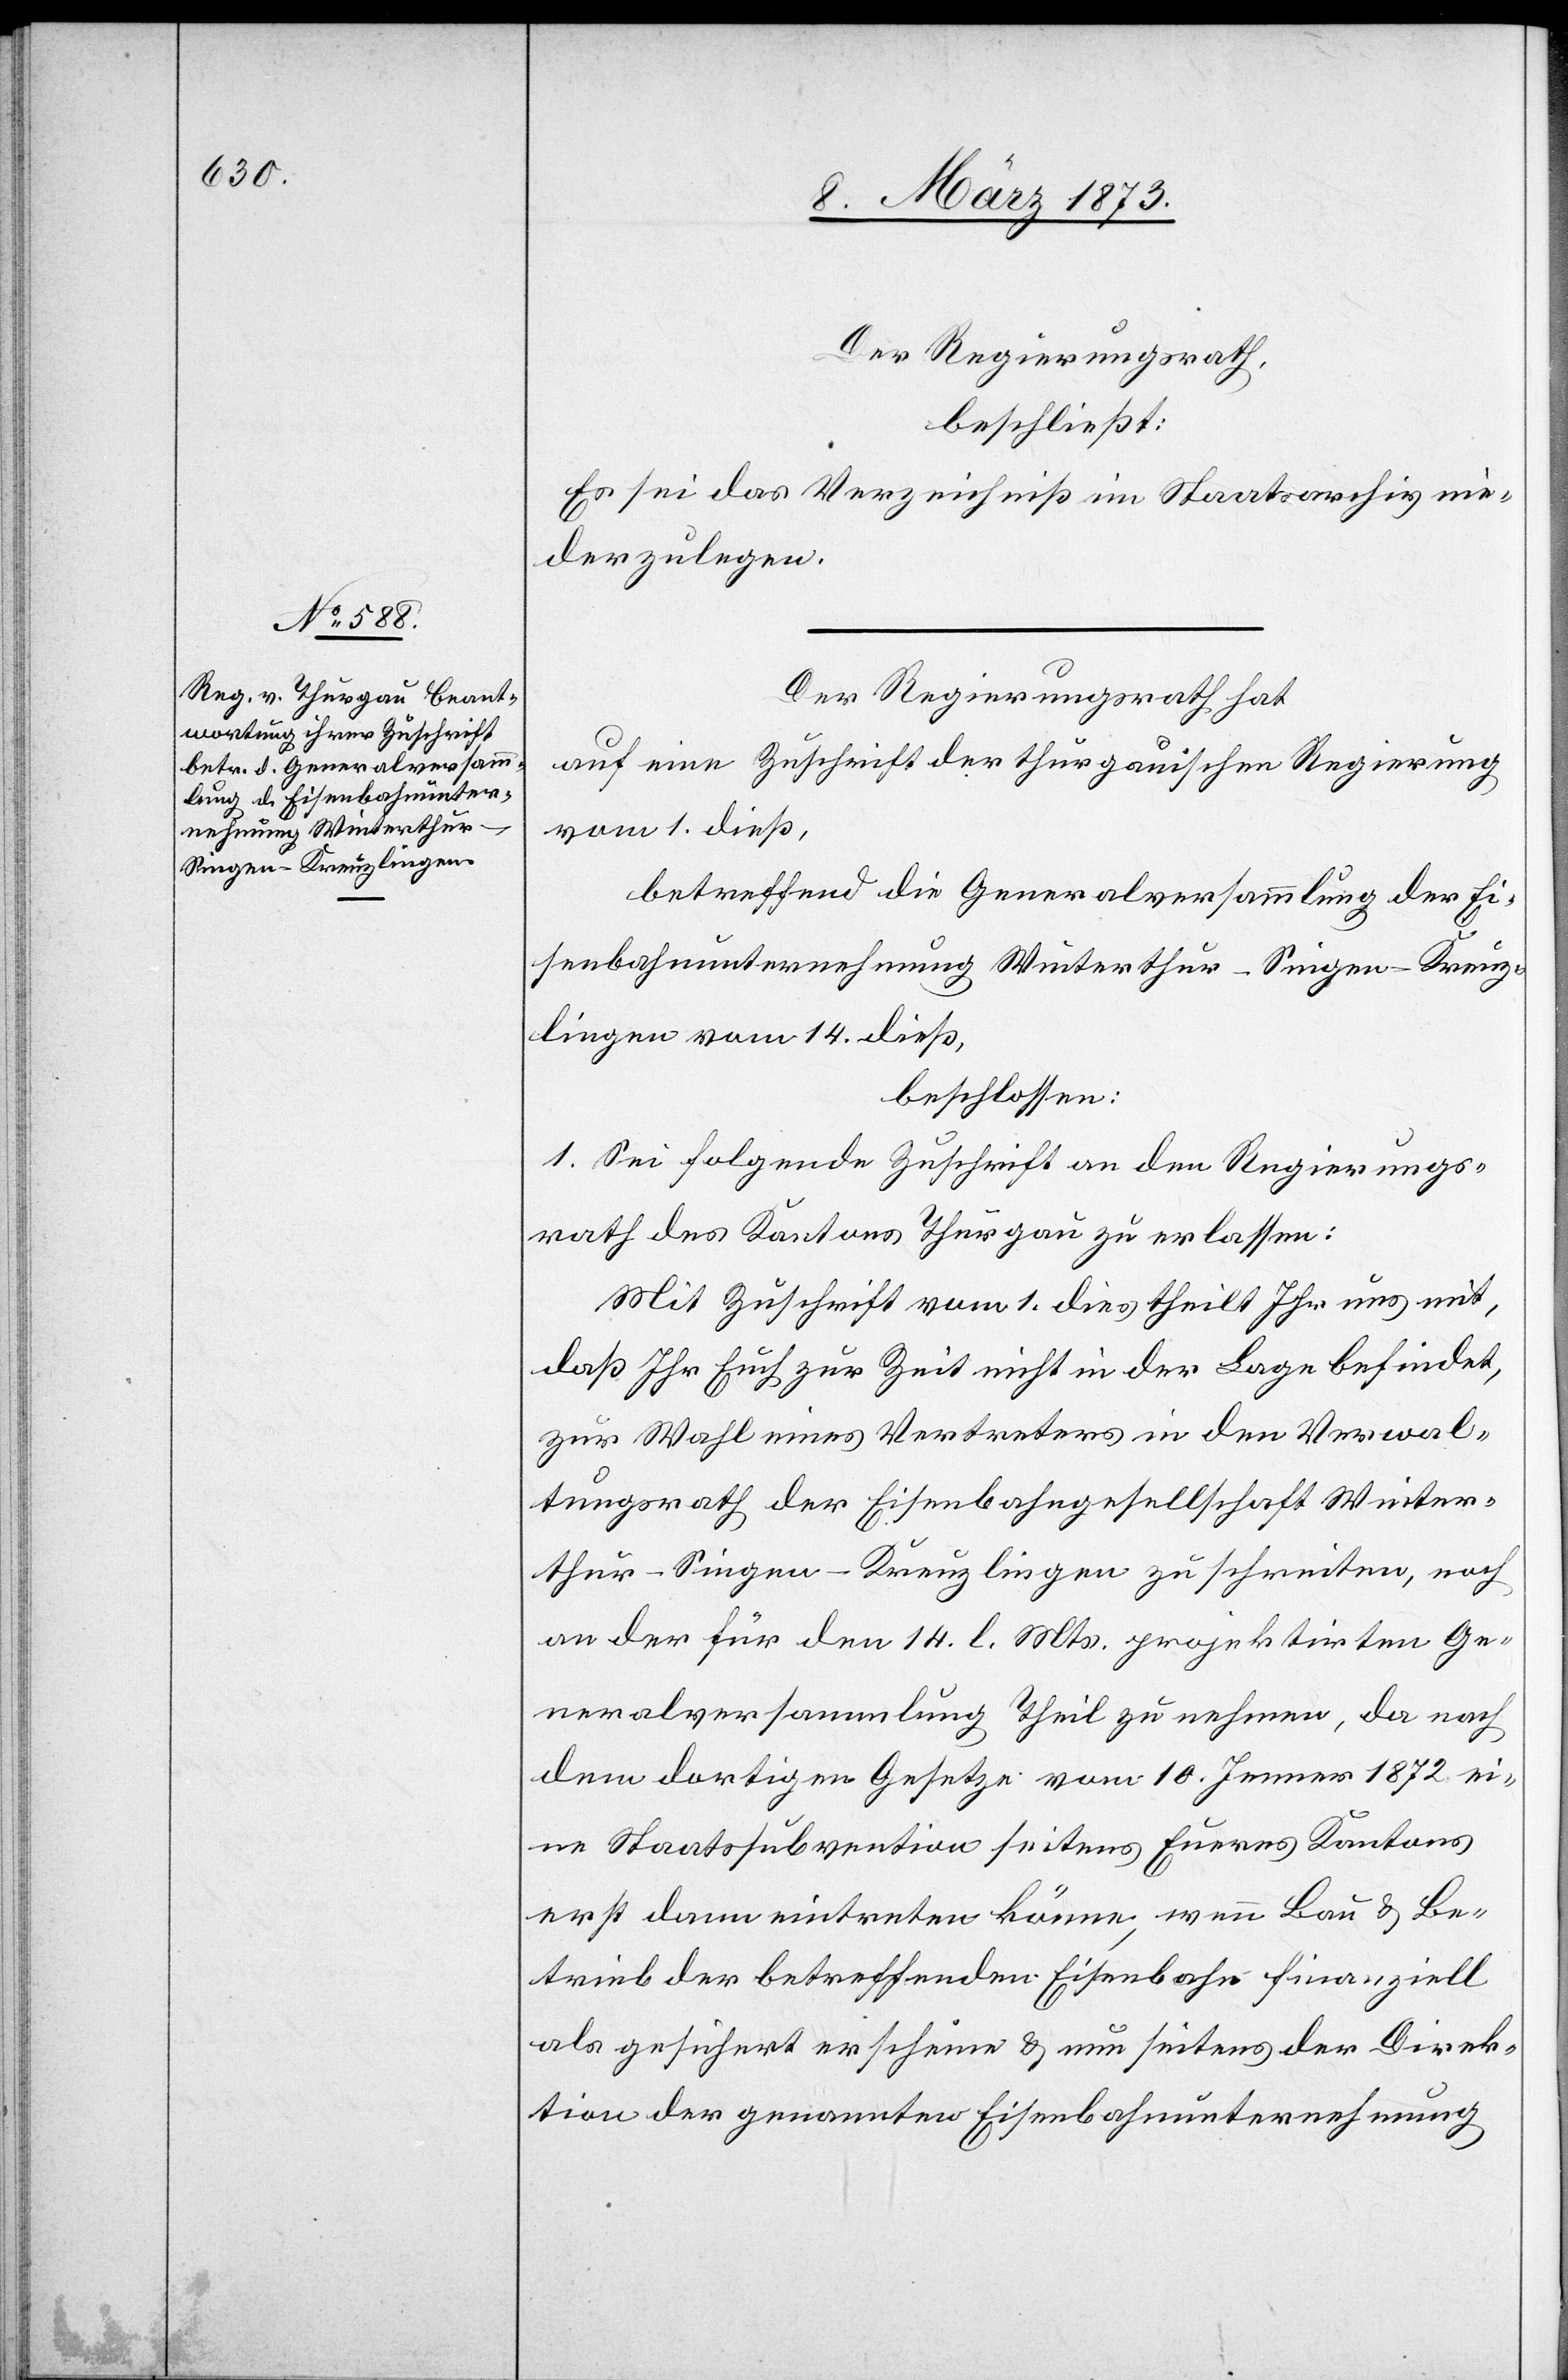
Der Regierungsrath,
beschließt:
Es sei das Verzeichniß im Staatsarchiv nie¬
derzulegen.
Der Regierungsrath hat
auf eine Zuschrift der thurgauischen Regierung
vom 1. dieß,
betreffend die Generalversammlung der Ei¬
senbahnunternehmung Winterthur–Singen–Kreuz¬
lingen vom 14. dieß,
beschlossen:
1. Sei folgende Zuschrift an den Regierungs¬
rath des Kantons Thurgau zu erlassen:
Mit Zuschrift vom 1. dies theilt Ihr uns mit,
daß Ihr Euch zur Zeit nicht in der Lage befindet,
zur Wahl eines Vertreters in den Verwal¬
tungsrath der Eisenbahngesellschaft Winter¬
thur–Singen–Kreuzlingen zu schreiten, noch
an der für den 14. l. Mts. projektirten Ge¬
neralversammlung Theil zu nehmen, da nach
dem dortigen Gesetze vom 10. Jenner 1872 ei¬
ne Staatssubvention seitens Eueres Kantons
erst dann eintreten könne, wenn Bau u. Be¬
trieb der betreffenden Eisenbahn finanziell
als gesichert erscheine u. nun seitens der Direk¬
tion der genannten Eisenbahnunternehmung